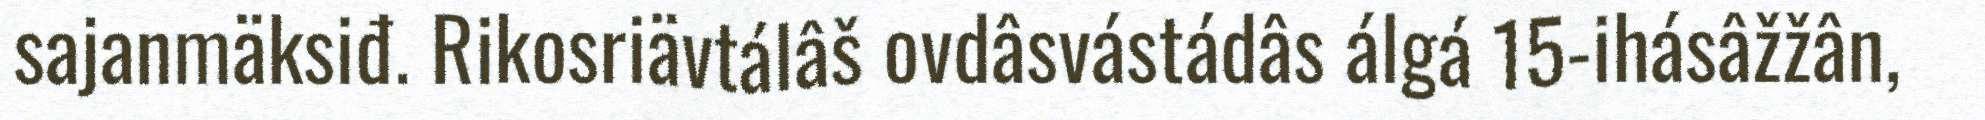
sajanmäksiđ. Rikosriävtálâš ovdâsvástádâs álgá 15-ihásâžžân,